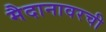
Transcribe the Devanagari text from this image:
मैदानावरची